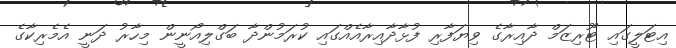
އިޓަލީގައި ޓޫރިޒަމް ދާއިރާގެ ވިޔަފާރި ފުޅާދާއިރާއެއްގައި ކުރަމުންދާ ބަގްލިއޯނީން މިހާރު ދަނީ އެމެރިކާގެ